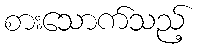
စားသောက်သည့်